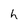
Character: h